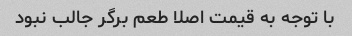
با توجه به قیمت اصلا طعم برگر جالب نبود